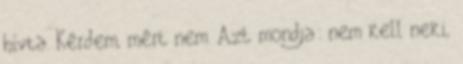
hívta. Kérdem, mért nem. Azt mondja: nem kell neki,